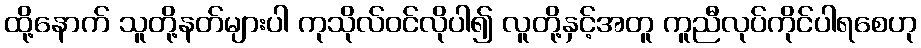
ထို့နောက် သူတို့နတ်များပါ ကုသိုလ်ဝင်လိုပါ၍ လူတို့နှင့်အတူ ကူညီလုပ်ကိုင်ပါရစေဟု